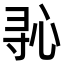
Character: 𫴭